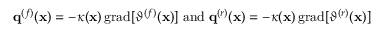
\begin{array} { r } { \mathbf { q } ^ { ( f ) } ( \mathbf { x } ) = - \kappa ( \mathbf { x } ) \, \mathrm { g r a d } [ \vartheta ^ { ( f ) } ( \mathbf { x } ) ] \; \mathrm { a n d } \; \mathbf { q } ^ { ( r ) } ( \mathbf { x } ) = - \kappa ( \mathbf { x } ) \, \mathrm { g r a d } [ \vartheta ^ { ( r ) } ( \mathbf { x } ) ] } \end{array}